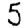
Digit: 5